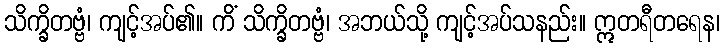
သိက္ခိတဗ္ဗံ၊ ကျင့်အပ်၏။ ကိံ သိက္ခိတဗ္ဗံ၊ အဘယ်သို့ ကျင့်အပ်သနည်း။ ဣတရီတရေန၊